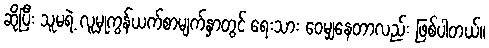
ဆိုပြီး သူမရဲ့ လူမှုကွန်ယက်စာမျက်နှာတွင် ရေးသား ဝေမျှနေတာလည်း ဖြစ်ပါတယ်။